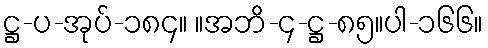
ဋ္ဌ-ပ-အုပ်-၁၈၄။ ။အဘိ-၄-ဋ္ဌ-၈၅။ပါ-၁၆၆။